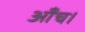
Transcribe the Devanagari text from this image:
आँच।